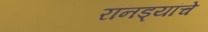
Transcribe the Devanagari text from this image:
रानड्यांचे